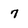
Character: 7